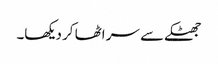
جھٹکے سے سر اٹھا کر دیکھا۔